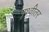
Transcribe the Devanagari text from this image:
पृथ्वीतर